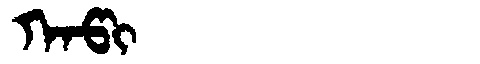
Manchu: ᡴᠠᡦᡳ
Romanization: KAPI